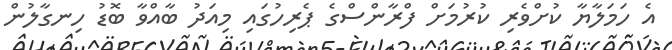
އެ ހަމަލާޔާ ކުށްވެރި ކުރުމަށް ފްރާންސްގެ ޕެރިހުގައި މިއަދު ބާއްވާ ބޮޑު ހިނގާލުން